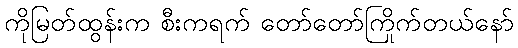
ကိုမြတ်ထွန်းက စီးကရက် တော်တော်ကြိုက်တယ်နော်